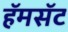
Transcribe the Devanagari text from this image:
हॅमसॅट